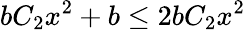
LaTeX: bC_{2}x^{2}+b\leq 2bC_{2}x^{2}